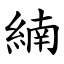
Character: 䋻